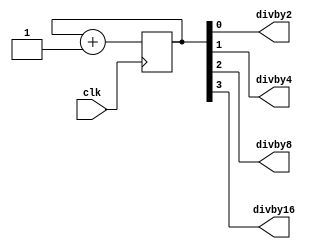
module cntclkDiv(clk,divby2,divby4,divby8,divby16);
input clk;
output divby2;
output divby4;
output divby8;
output divby16;
reg [3:0]clkcnt1;
always@(posedge clk) 
begin                              
    clkcnt1 <= clkcnt1 +1'b1;                                  
end
assign divby2 =  clkcnt1[0];
assign divby4 =  clkcnt1[1];
assign divby8 =  clkcnt1[2];
assign divby16 =  clkcnt1[3];
endmodule